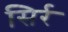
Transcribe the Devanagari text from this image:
सिर्र